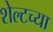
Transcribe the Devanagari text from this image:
शेल्टच्या